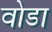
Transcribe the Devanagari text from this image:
वोडा